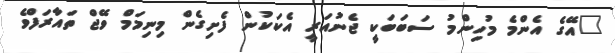
"އޭގެ އެންމެ މުހިންމު ސަބަބަކީ ޖެނުއަރީ އެކަކުން ފެށިގެން މިނިމަމް ވޭޖް ތައާރަފްވެ